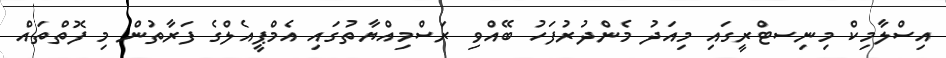
އިސްލާމިކް މިނިސޓްރީގައި މިއަދު މެންދުރުފަހު ބޭއްވި ރަސްމިއްޔާތުގައި އެމްޕީއެލްގެ ފަރާތުން މި ފޮތްތައް